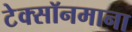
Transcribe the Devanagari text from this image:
टेक्सॉनमाना